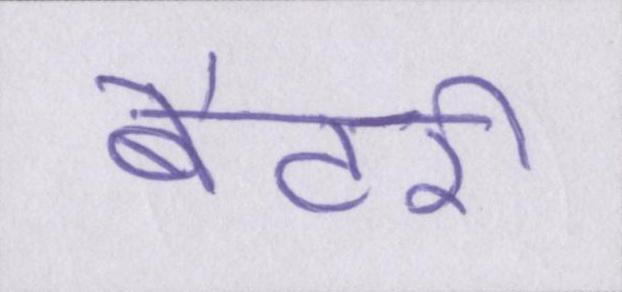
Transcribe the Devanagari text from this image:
बैटरी